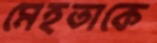
মেহতাকে